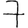
Digit: 7